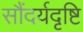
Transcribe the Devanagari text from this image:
सौंदर्यदृष्टि